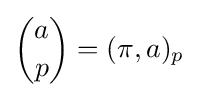
{\binom {a}{p}}=(\pi ,a)_{p}